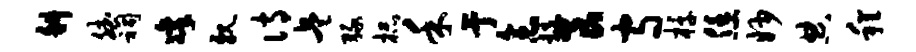
斜斌祠凛亲诗兵绿杯禾亍念髓艮守椁恁妙典程